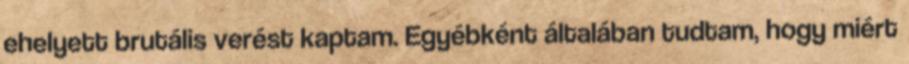
ehelyett brutális verést kaptam. Egyébként általában tudtam, hogy miért